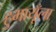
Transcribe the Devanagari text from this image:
हुमायूँला